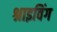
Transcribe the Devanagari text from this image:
श्राइविंग